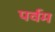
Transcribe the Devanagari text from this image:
पर्वम